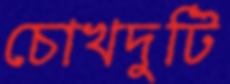
চোখদুটি